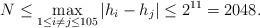
LaTeX: \begin{align*}N \leq \max_{1 \leq i \neq j \leq 105} |h_i - h_j| \leq 2^{11} = 2048.\end{align*}